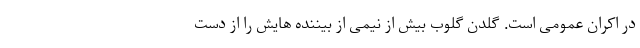
در اکران عمومی است. گلدن گلوب بیش از نیمی از بیننده هایش را از دست